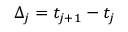
\Delta _ { j } = t _ { j + 1 } - t _ { j }